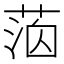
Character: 𦳸